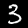
Digit: 3